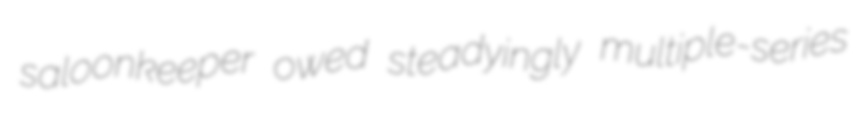
saloonkeeper owed steadyingly multiple-series